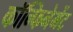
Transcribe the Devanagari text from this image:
कॉन्फिनेमेंट